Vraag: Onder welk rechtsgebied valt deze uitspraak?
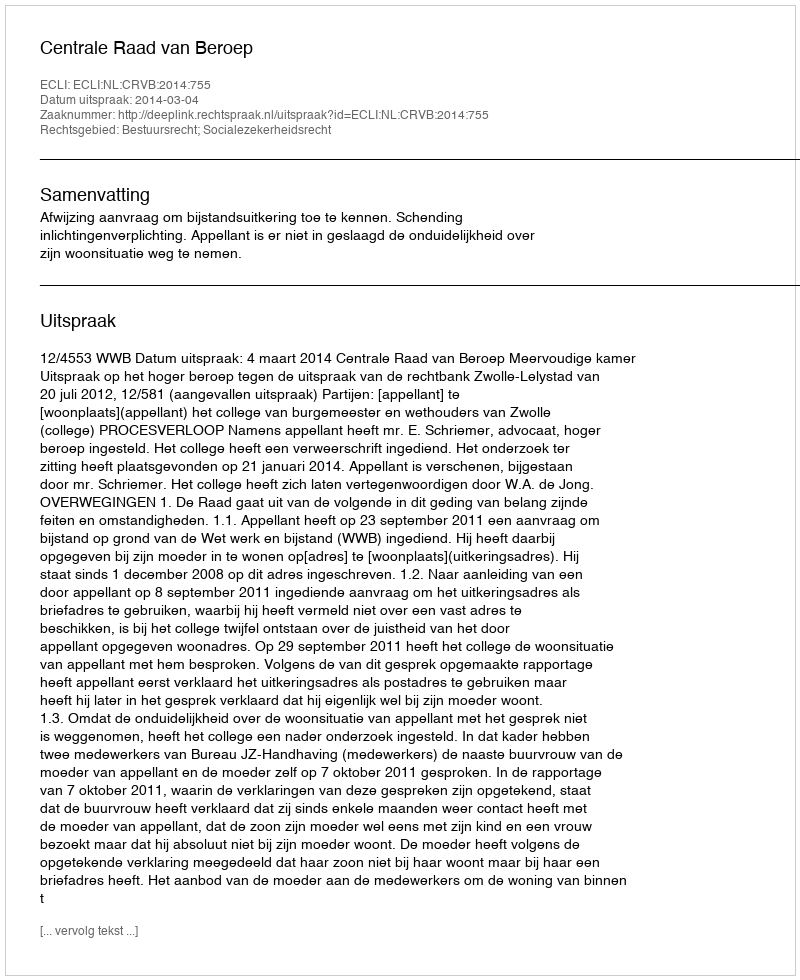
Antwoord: Bestuursrecht; Socialezekerheidsrecht